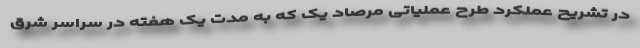
در تشریح عملکرد طرح عملیاتی مرصاد یک که به مدت یک هفته در سراسر شرق